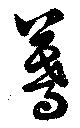
驀